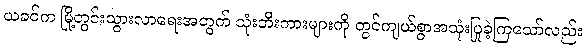
ယခင်က မြို့တွင်းသွားလာရေးအတွက် သုံးဘီးကားများကို တွင်ကျယ်စွာအသုံးပြုခဲ့ကြသော်လည်း